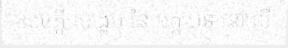
សេចក្តី សង្ខេប នៃ អត្ត បទ នៅលើ